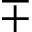
\mp